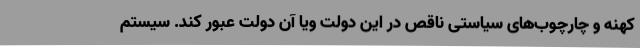
کهنه و چارچوب‌های سیاستی ناقص در این دولت ویا آن دولت عبور کند. سیستم